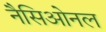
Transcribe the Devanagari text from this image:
नैसिओनल